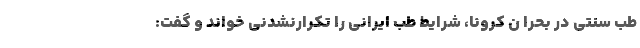
طب سنتی در بحرا ن کرونا، شرایط طب ایرانی را تکرارنشدنی خواند و گفت: